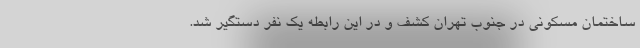
ساختمان مسکونی در جنوب تهران کشف و در این رابطه یک نفر دستگیر شد.